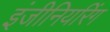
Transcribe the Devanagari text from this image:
इंजीनियरिंग